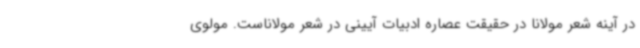
در آینه شعر مولانا در حقیقت عصاره ادبیات آیینی در شعر مولاناست. مولوی